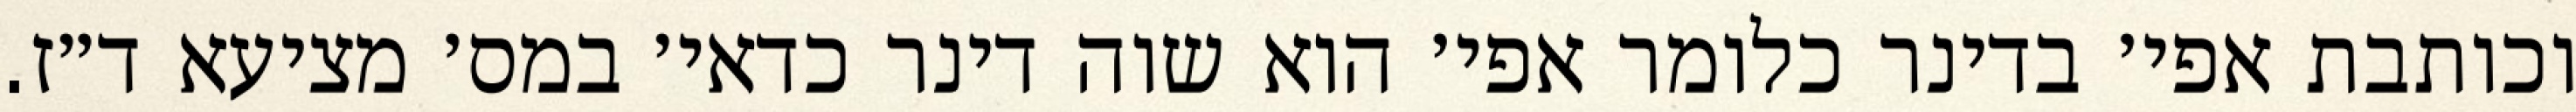
וכותבת אפי׳ בדינר כלומר אפי׳ הוא שוה דינר כדאי׳ במס׳ מציעא ד״ז.